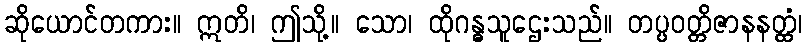
ဆိုယောင်တကား။ ဣတိ၊ ဤသို့။ သော၊ ထိုဂန္ဓသူဌေးသည်။ တပ္ပဝတ္တိဇာနနတ္ထံ၊